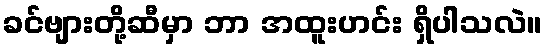
ခင်ဗျားတို့ဆီမှာ ဘာ အထူးဟင်း ရှိပါသလဲ။